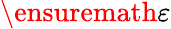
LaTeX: \ensuremath{\varepsilon}